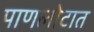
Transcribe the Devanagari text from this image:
पाणलोटात